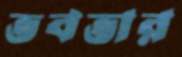
ভবভার